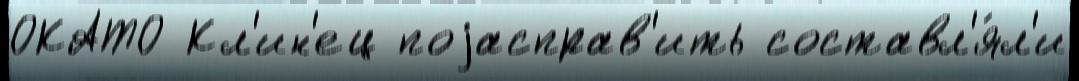
ОКАТО Кл'ин'ец поjасправ'ить составл'я́л'и